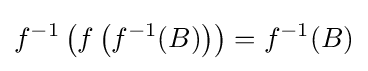
f^{-1}\left(f\left(f^{-1}(B)\right)\right)=f^{-1}(B)